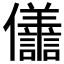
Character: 𭀒